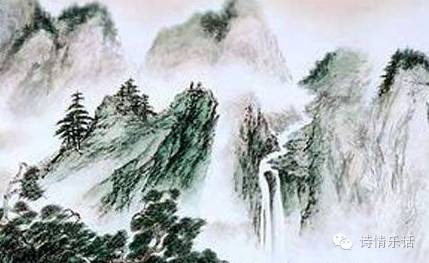
伤高怀远几时穷。无物似情浓。